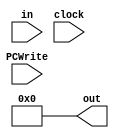
module PC(
    input [15:0] in,
    output [15:0] out,
    input clock,
    input PCWrite
    );
initial out = 0;
always @ (posedge clock)
begin
	if(PCWrite==1)
	begin
		pc_out = pc_in;
	end
end
endmodule